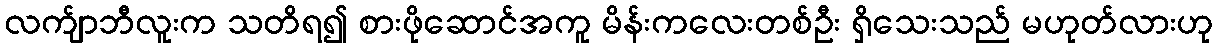
လက်ျာဘီလူးက သတိရ၍ စားဖိုဆောင်အကူ မိန်းကလေးတစ်ဦး ရှိသေးသည် မဟုတ်လားဟု